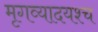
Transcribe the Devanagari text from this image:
मृगव्यादयश्च